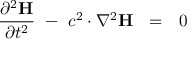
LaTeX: { \frac { \partial ^ { 2 } \mathbf { H } } { \partial t ^ { 2 } } } \ - \ c ^ { 2 } \cdot \nabla ^ { 2 } \mathbf { H } \ \ = \ \ 0